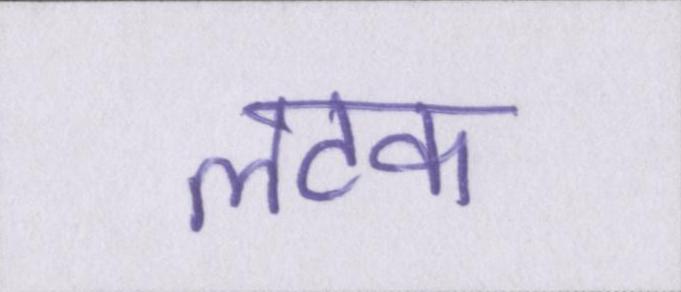
लटक